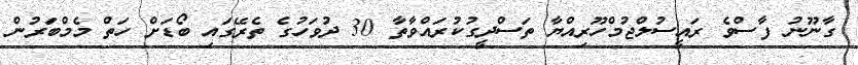
ގާނޫނު ފާސްވެ ރައީސުލްޖުމްހޫރިއްޔާ ތަސްދީގުކުރައްވާތާ 30 ދުވަހުގެ ތެރޭގައި ބޯޑަށް ހަތް މެމްބަރުން